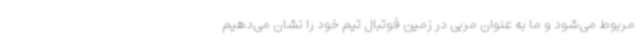
مربوط می‌شود و ما به عنوان مربی در زمین فوتبال تیم خود را نشان می‌دهیم